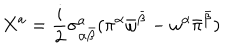
LaTeX: X ^ { a } = \frac { i } { 2 } \sigma _ { \alpha { \bar { \beta } } } ^ { a } ( \pi ^ { \alpha } { \bar { \omega } } ^ { \bar { \beta } } - \omega ^ { \alpha } { \bar { \pi } } ^ { \bar { \beta } } )